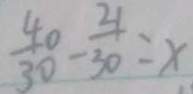
\frac { 4 0 } { 3 0 } - \frac { 2 1 } { 3 0 } = x